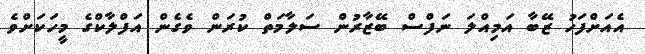
އެއަށްފަހު ޒޭބާ އަމިއްލަ ނަފްސް ބޭޒާރުން ސަލާމަތް ކުރަން ވެގެން އަފްލާކްގެ މީހަކަށްވެ